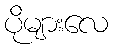
ပိုများလေ